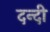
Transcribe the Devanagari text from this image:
दन्दी